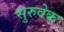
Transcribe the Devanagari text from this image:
सुरुवेक